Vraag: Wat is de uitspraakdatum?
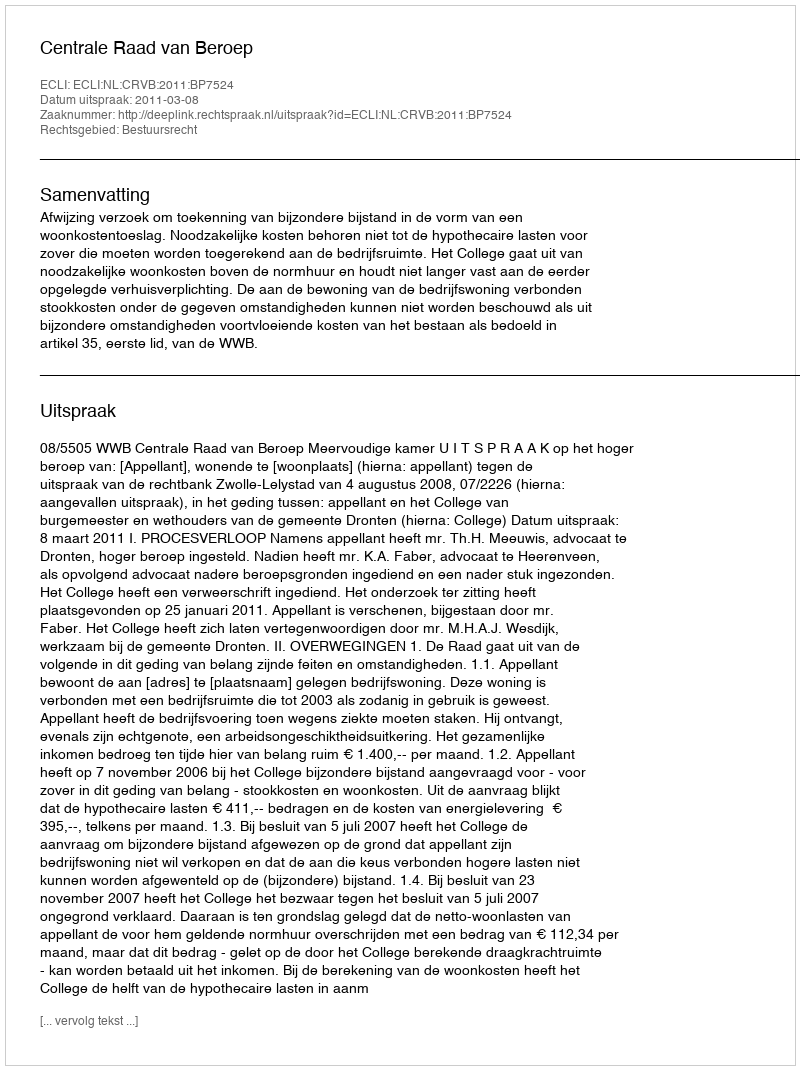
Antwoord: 2011-03-08